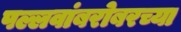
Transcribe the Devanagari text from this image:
पल्लवांबरोबरच्या